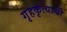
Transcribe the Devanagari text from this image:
गृहकृत्याची